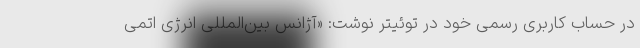
در حساب کاربری رسمی خود در توئیتر نوشت: «آژانس بین‌المللی انرژی اتمی